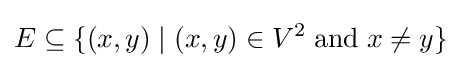
E\subseteq \{(x,y)\mid (x,y)\in V^{2}\;{\textrm {and}}\;x\neq y\}